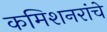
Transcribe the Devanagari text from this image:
कमिशनरांचे